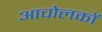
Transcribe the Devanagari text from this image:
आचोलकों